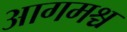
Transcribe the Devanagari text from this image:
आगमश्च